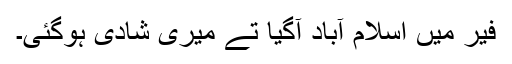
فیر میں اسلام آباد آگیا تے میری شادی ہوگئی۔